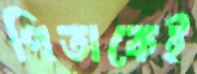
পিতাকেই